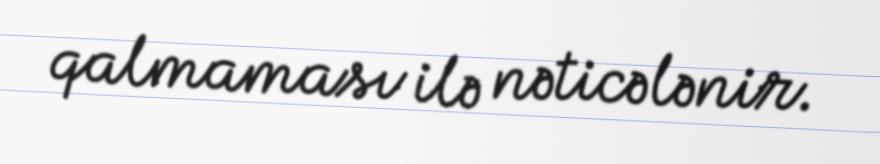
qalmaması ilə nəticələnir.